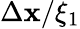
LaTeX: \Delta\mathbf{x}/\xi_{1}